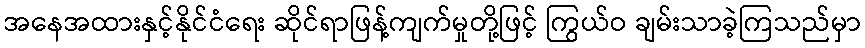
အနေအထားနှင့်နိုင်ငံရေး ဆိုင်ရာဖြန့်ကျက်မှုတို့ဖြင့် ကြွယ်ဝ ချမ်းသာခဲ့ကြသည်မှာ